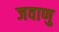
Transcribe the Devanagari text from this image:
जवाणु